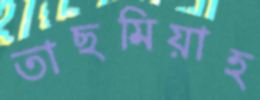
তাছমিয়াহ